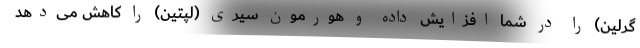
گِرِلین) را در شما افزایش داده و هورمون سیری (لپتین) را کاهش می‌دهد